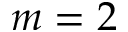
m = 2